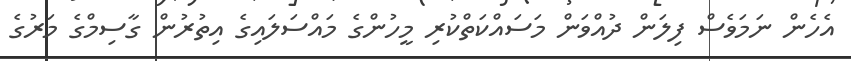
އެހެން ނަމަވެސް ފިލަން ދުއްވަން މަސައްކަތްކުރި މީހުންގެ މައްސަލައިގެ އިތުރުން ގާސިމްގެ މަރުގެ